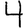
Digit: 4